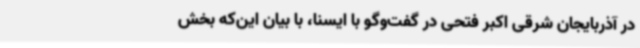
در آذربایجان شرقی اکبر فتحی در گفت‌وگو با ایسنا، با بیان این‌که بخش